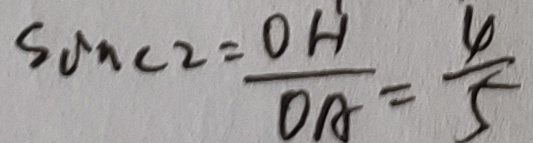
\sin C 2 = \frac { O H } { O A } = \frac { 4 } { 5 }